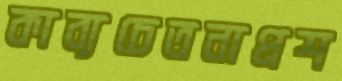
কাব্যচেতনাপ্রশ